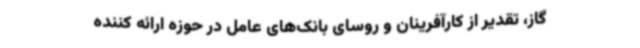
گاز، تقدیر از کارآفرینان و روسای بانک‌های عامل در حوزه ارائه کننده